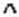
^